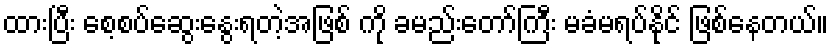
ထားပြီး စေ့စပ်ဆွေးနွေးရတဲ့အဖြစ် ကို ခမည်းတော်ကြီး မခံမရပ်နိုင် ဖြစ်နေတယ်။